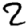
Digit: 2